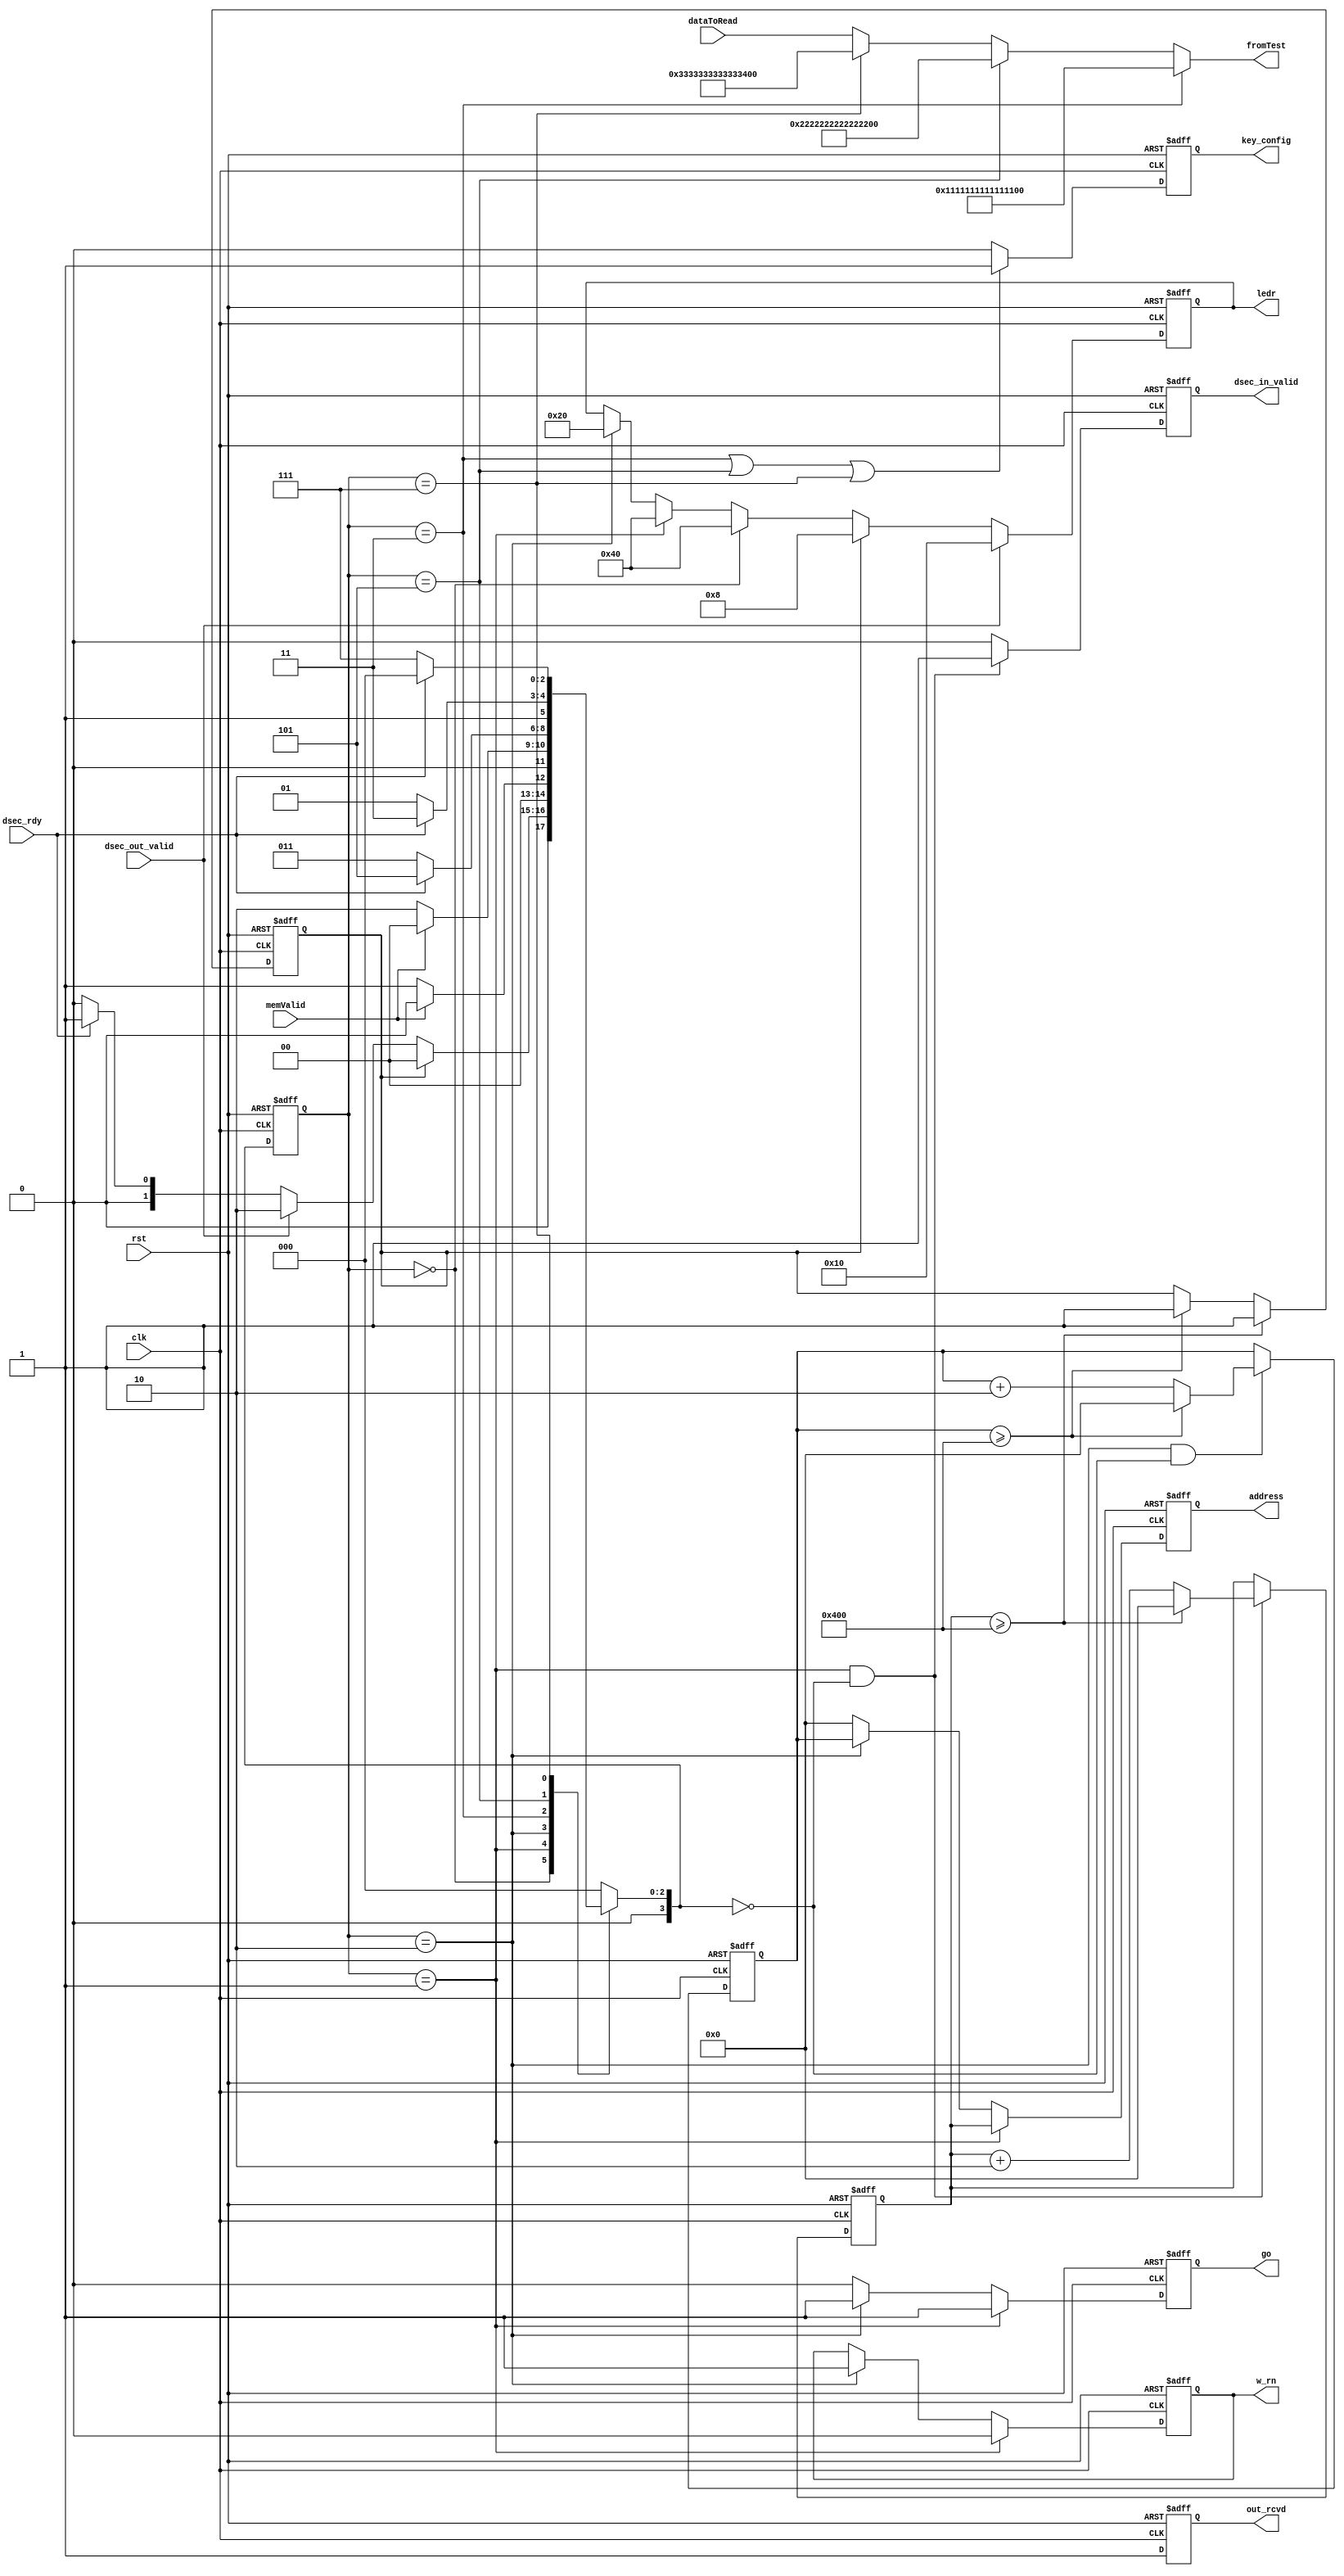


module test_con(clk, rst, address, w_rn, go, memValid, dsec_out_valid, dsec_in_valid, dsec_rdy, key_config, out_rcvd, dataToRead, fromTest ,ledr);

	// Clock and active-low reset
	input clk;
	input rst;
	//	
	
	// Memory controller signals
	output reg [12:0] address;
	output reg w_rn;
	input memValid;
	output reg go;
	input [63:0] dataToRead;
	output [63:0] fromTest;
	//
	
	// DSEC control signals
	output reg dsec_in_valid;
	input dsec_out_valid;	
	input dsec_rdy;
	output reg out_rcvd;
	output reg key_config;
	//
	
	//Troubleshooting
	output reg [7:0] ledr;
	//
	
	
	// Stop the design if limit met
	reg stop;
	//
	
	// Working Addresses
	reg [12:0] writeAddress;
	reg [12:0] readAddress;
	//
	
	// maximum address
	parameter [12:0] maxAddress = 13'd1024;
	//
	
	// Encryption Keys
	parameter [63:0] key1 = 64'h1111111111111111;
	parameter [63:0] key2 = 64'h2222222222222222;	
	parameter [63:0] key3 = 64'h3333333333333333;
	//
	

	
	// State variables
	reg [3:0] curState;
	reg [3:0] nextState;
	//	
	
	
	
	// States
	parameter [3:0] IDLE = 4'd0;
	parameter [3:0] READ_DATA = 4'd1;
	parameter [3:0] WRITE_DATA = 4'd2;
	parameter [3:0] KEY_CONFIG1 = 4'd3;
	parameter [3:0] KEY_CONFIG2 = 4'd5;
	parameter [3:0] KEY_CONFIG3 =  4'd7;
	//
		
	
	// State Transitions 	
	always@(posedge clk, negedge rst) begin
			if(~rst) 
				curState <= KEY_CONFIG1;
			else	
				curState <= nextState;	
	end
	//
	
	// State Machine
	always@(curState,dsec_out_valid, dsec_rdy, memValid, stop) begin
		case(curState)
			IDLE: begin
				if(stop) begin
					nextState = IDLE;
				end else if(dsec_out_valid)begin
					nextState = WRITE_DATA;
				end else if(dsec_rdy)begin
					nextState = READ_DATA;
				end else begin
					nextState = IDLE;
				end
			end	
			READ_DATA:begin
				if(memValid)begin
					nextState = IDLE;
				end else begin
					nextState = READ_DATA;
				end
			end
			WRITE_DATA:begin
				if(memValid)begin
					nextState = IDLE;
				end else begin
					nextState = WRITE_DATA;
				end
			end
			KEY_CONFIG1:begin
				if(dsec_rdy)begin
					nextState = KEY_CONFIG2;
				end else begin
					nextState = KEY_CONFIG1;
				end
			end
			KEY_CONFIG2:begin
				if(dsec_rdy)begin
					nextState = KEY_CONFIG3;
				end else begin
					nextState = KEY_CONFIG2;
				end
			end
			KEY_CONFIG3:begin
				if(dsec_rdy)begin
					nextState = IDLE;
				end else begin
					nextState = KEY_CONFIG3;
				end
			end
			default:begin
				nextState = IDLE;
			end
		endcase
	end
	//
	
	// Drive address
	always@(posedge clk, negedge rst) begin
			if(~rst)begin
				address <= 13'd0;
			end else if(curState==READ_DATA) begin
				address <= readAddress;
			end else if(curState==WRITE_DATA) begin
				address <= writeAddress;
			end else begin
				address <= 13'd0;
			end
	end
	//
	
	// Drive writeAddress
	always@(posedge clk, negedge rst) begin
			if(~rst)begin
				writeAddress <= 13'd0;
			end else if(curState==WRITE_DATA && nextState==IDLE) begin
				writeAddress <= writeAddress + 13'd2;
				if(writeAddress >= maxAddress) begin
					writeAddress <= 13'd0;
				end
			end else begin
				writeAddress <= writeAddress;
			end
	end
	//
	
	// Drive readAddress
	always@(posedge clk, negedge rst) begin
			if(~rst)begin
				readAddress <= 13'd0;
			end else if(curState==READ_DATA && nextState==IDLE) begin
				readAddress <= readAddress + 13'd2;
				if(readAddress >= maxAddress) begin
					readAddress <= 13'd0;
				end
			end else begin
				readAddress <= readAddress;
			end
	end
	//	
	
	// Drive w_rn
	always@(posedge clk, negedge rst) begin
			if(~rst)begin
				w_rn <= 1'd0;
			end else if(curState == READ_DATA) begin
				w_rn <= 1'b0;
			end else if(curState == WRITE_DATA) begin
				w_rn <= 1'b1;
			end else begin
				w_rn <= w_rn;
			end
	end
	//	
	
	// Drive go
	always@(posedge clk, negedge rst) begin
			if(~rst)begin
				go <= 1'd0;
			end else if(curState == READ_DATA) begin
				go <= 1'b1;
			end else if(curState == WRITE_DATA) begin
				go <= 1'b1;
			end else begin
				go <= 1'b0;
			end
	end
	//	

	// Drive dsec_in_valid
	always@(posedge clk, negedge rst) begin
			if(~rst)begin
				dsec_in_valid <= 1'd0;
			end else if(curState==READ_DATA && nextState==IDLE) begin
				dsec_in_valid <= 1'd1;
			end else begin
				dsec_in_valid <= 1'd0;
			end
	end
	//		
	
	// Drive out_rcvd
	always@(posedge clk, negedge rst) begin
			if(~rst)begin
				out_rcvd <= 1'b0;
			end else if(curState==WRITE_DATA && nextState==IDLE) begin
				out_rcvd <= 1'b1;
			end else begin
				out_rcvd <= 1'b1;
			end
	end
	//	
	
	
	// Drive key_config
	always@(posedge clk, negedge rst) begin
			if(~rst)begin
				key_config <= 1'b1;
			end else if(curState == KEY_CONFIG1 || curState == KEY_CONFIG2 || curState == KEY_CONFIG3) begin
				key_config <= 1'b1;
			end else begin
				key_config <= 1'b0;
			end
	end
	//	
	

	
	// Drive stop
	always@(posedge clk, negedge rst) begin
			if(~rst)begin
				stop <= 1'b0;
			end else if(readAddress >= maxAddress) begin
				stop <= 1'b1;
			end else if(writeAddress >= maxAddress) begin
				stop <= 1'b1;
			end else begin
				stop <= stop;
			end
	end
	//

	
	
	// Drive key configuration or data input
	assign fromTest = (curState == KEY_CONFIG1)? key1 :
		(curState == KEY_CONFIG2)? key2 :
		(curState == KEY_CONFIG3)? key3 :
		dataToRead;
		
	/*
	// Drive fromTest
	always@(posedge clk, negedge rst) begin
			if(~rst)begin
				fromTest <= 64'h0000000000000000;
			end else if(curState == KEY_CONFIG1) begin
				fromTest <= key1;
			end else if(curState == KEY_CONFIG2) begin
				fromTest <= key2;
			end else if(curState == KEY_CONFIG3) begin
				fromTest <= key3;
			end else begin
				fromTest <= 64'h0000000000000000;
			end
	end
	//	
	*/
		
	
  // Drive leds for troubleshooting
	always@(posedge clk, negedge rst) begin
			if(~rst)begin
				ledr<=8'b0;
				
			end else if(dsec_out_valid)begin
				ledr<=8'b00010000;
			end else if(stop)begin
				ledr<=8'b00001000;
			end else if(curState == IDLE) begin		
				ledr<=8'b01000000;
			end else if(curState == READ_DATA) begin
				ledr<=8'b01000000;
			end else if(curState == WRITE_DATA) begin
				ledr<=8'b00100000;
				
			end else begin
				ledr<=ledr;
			end
	end
	//	

	
endmodule